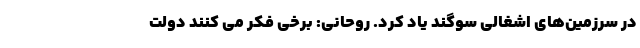
در سرزمین‌های اشغالی سوگند یاد کرد. روحانی: برخی فکر می کنند دولت